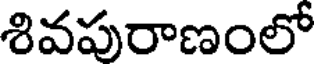
శివపురాణంలో